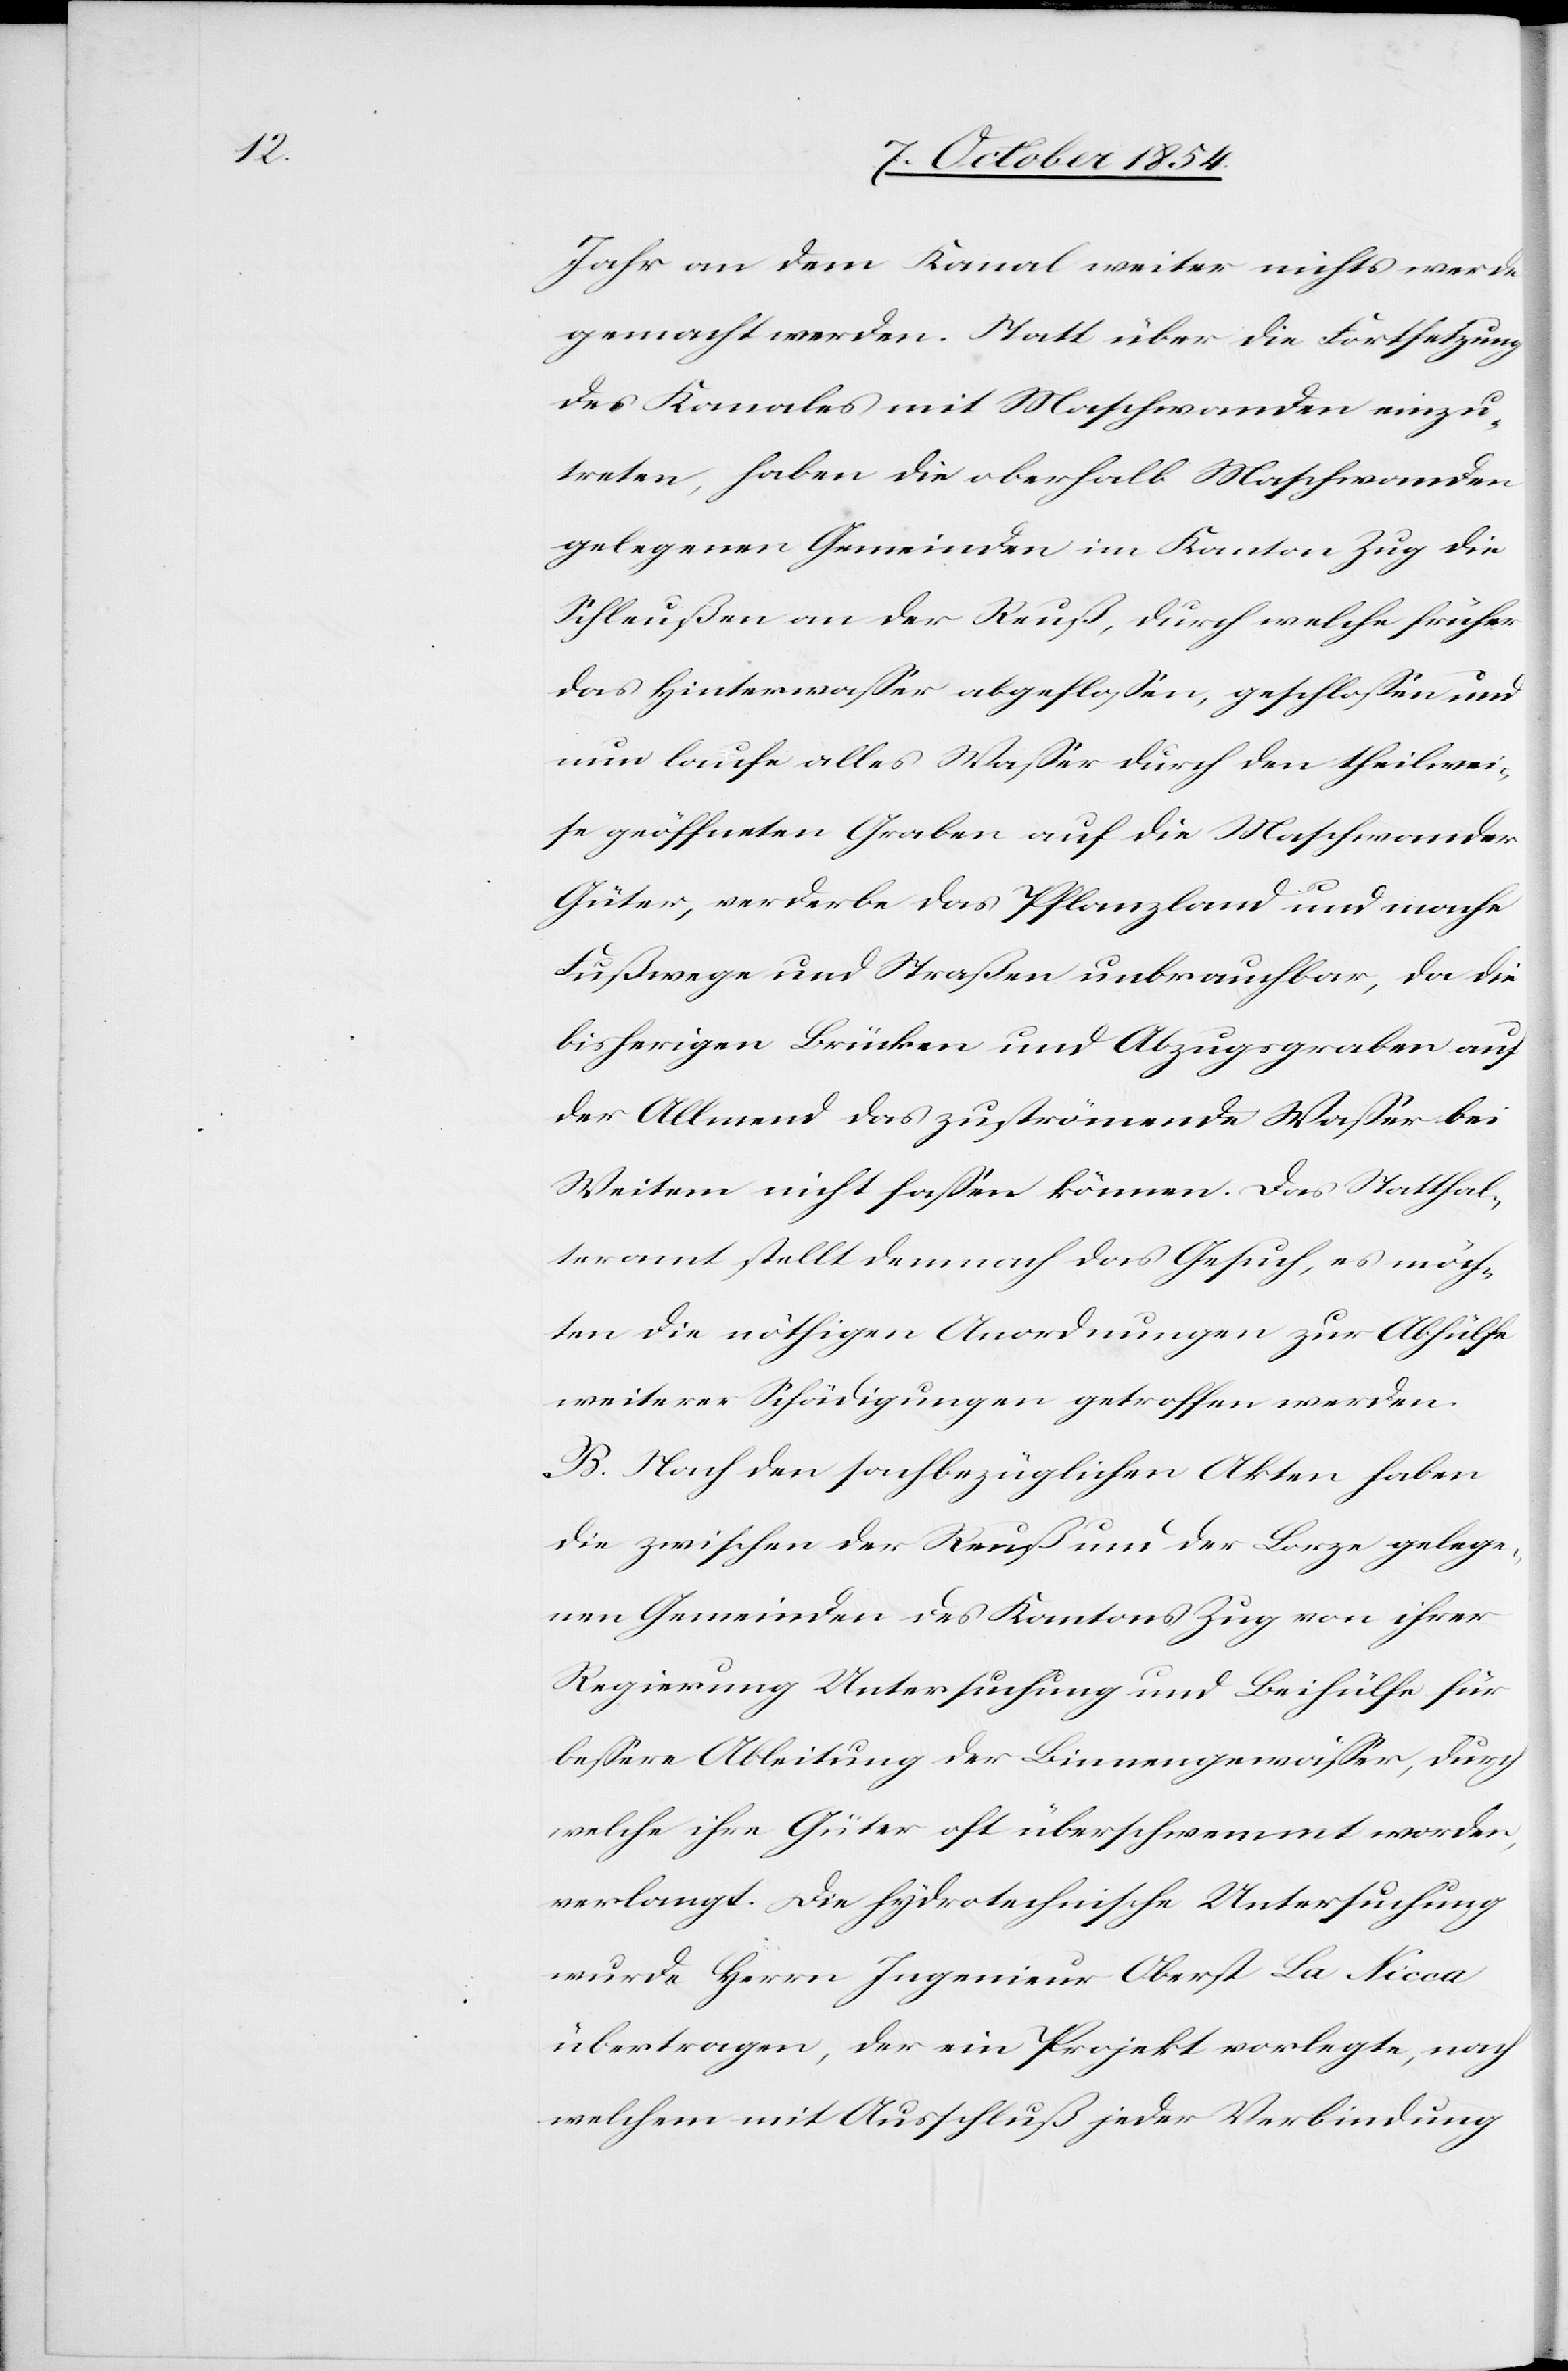
Jahr an dem Kanal weiter nichts werde
gemacht werden. Statt über die Fortsetzung
des Kanales mit Maschwanden einzu¬
treten, haben die oberhalb Maschwanden
gelegenen Gemeinden im Kanton Zug die
Schleußen an der Reuß, durch welche früher
das Hinterwaßer abgefloßen, geschloßen und
nun laufe alles Waßer durch den theilwei¬
se geöffneten Graben auf die Maschwander
Güter, verderbe das Pflanzland und mache
Fußwege und Straßen unbrauchbar, da die
bisherigen Brücken und Abzugsgraben auf
der Allmend das zuströmende Waßer bei
Weitem nicht faßen können. Das Statthal¬
teramt stellt demnach das Gesuch, es möch¬
ten die nöthigen Anordnungen zur Abhülfe
weiterer Schädigungen getroffen werden.
B. Nach den sachbezüglichen Akten haben
die zwischen der Reuß und der Lorze gelege¬
nen Gemeinden des Kantons Zug von ihrer
Regierung Untersuchung und Beihülfe für
beßere Ableitung der Binnengewäßer, durch
welche ihre Güter oft überschwemmt worden,
verlangt. Die hydrotechnische Untersuchung
wurde Herr Ingenieur Ober La Nicca
übertragen, der ein Projekt vorlegte, nach
welchem mit Ausschluß jeder Verbindung